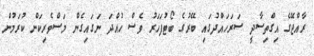
ރާއްޖޭގެ އިގްތިސާދީ ސަރަހައްދުގައި ބޭރުގެ ބޯޓުފަހަރު ވެސް ހުއްދަ ނަގައިގެން މަސްވެރިކަން ކުރަމުންް